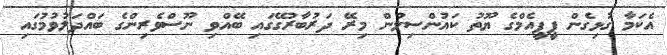
އެކަމާ ގުޅިގެން ޕީޕީއެމްގެ ޔޫތު ކައުންސިލުން މިރޭ ދަރުބާރުގޭގައި ބޭއްވި ނޫސްވެރިންގެ ބައްދަލުވުމުގައި